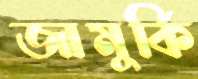
জামুর্কি